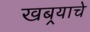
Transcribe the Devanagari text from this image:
खबर्‍याचे